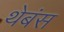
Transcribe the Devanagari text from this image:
थेबंस